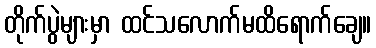
တိုက်ပွဲများမှာ ထင်သလောက်မထိရောက်ချေ။